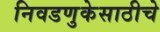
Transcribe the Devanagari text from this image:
निवडणुकेसाठीचे